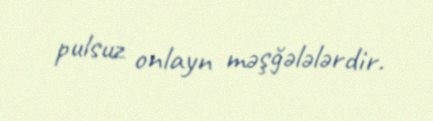
pulsuz onlayn məşğələlərdir.